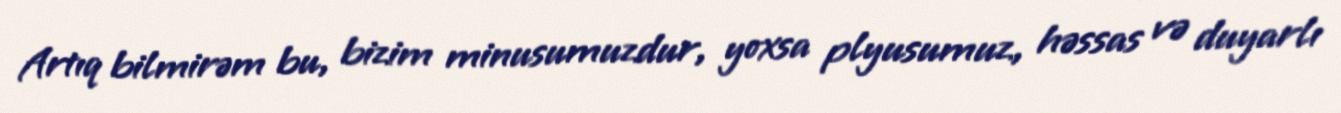
Artıq bilmirəm bu, bizim minusumuzdur, yoxsa plyusumuz, həssas və duyarlı